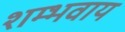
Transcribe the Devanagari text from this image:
शम्भवाय